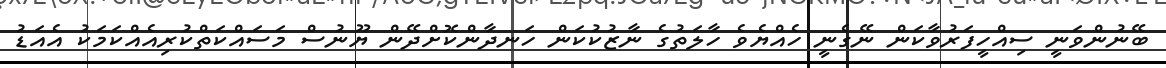
ބޭނުންވަނީ ސިއްހީފަރުވާކަން ނޭގެނީ ހެއްޔެވެ ހާލަތުގެ ނާޒުކުކަން ހަނދާންކޮށްދޭން ޔޫނުސް މަސައްކަތްކުރިއެއްކަމަކު އެއަޑު